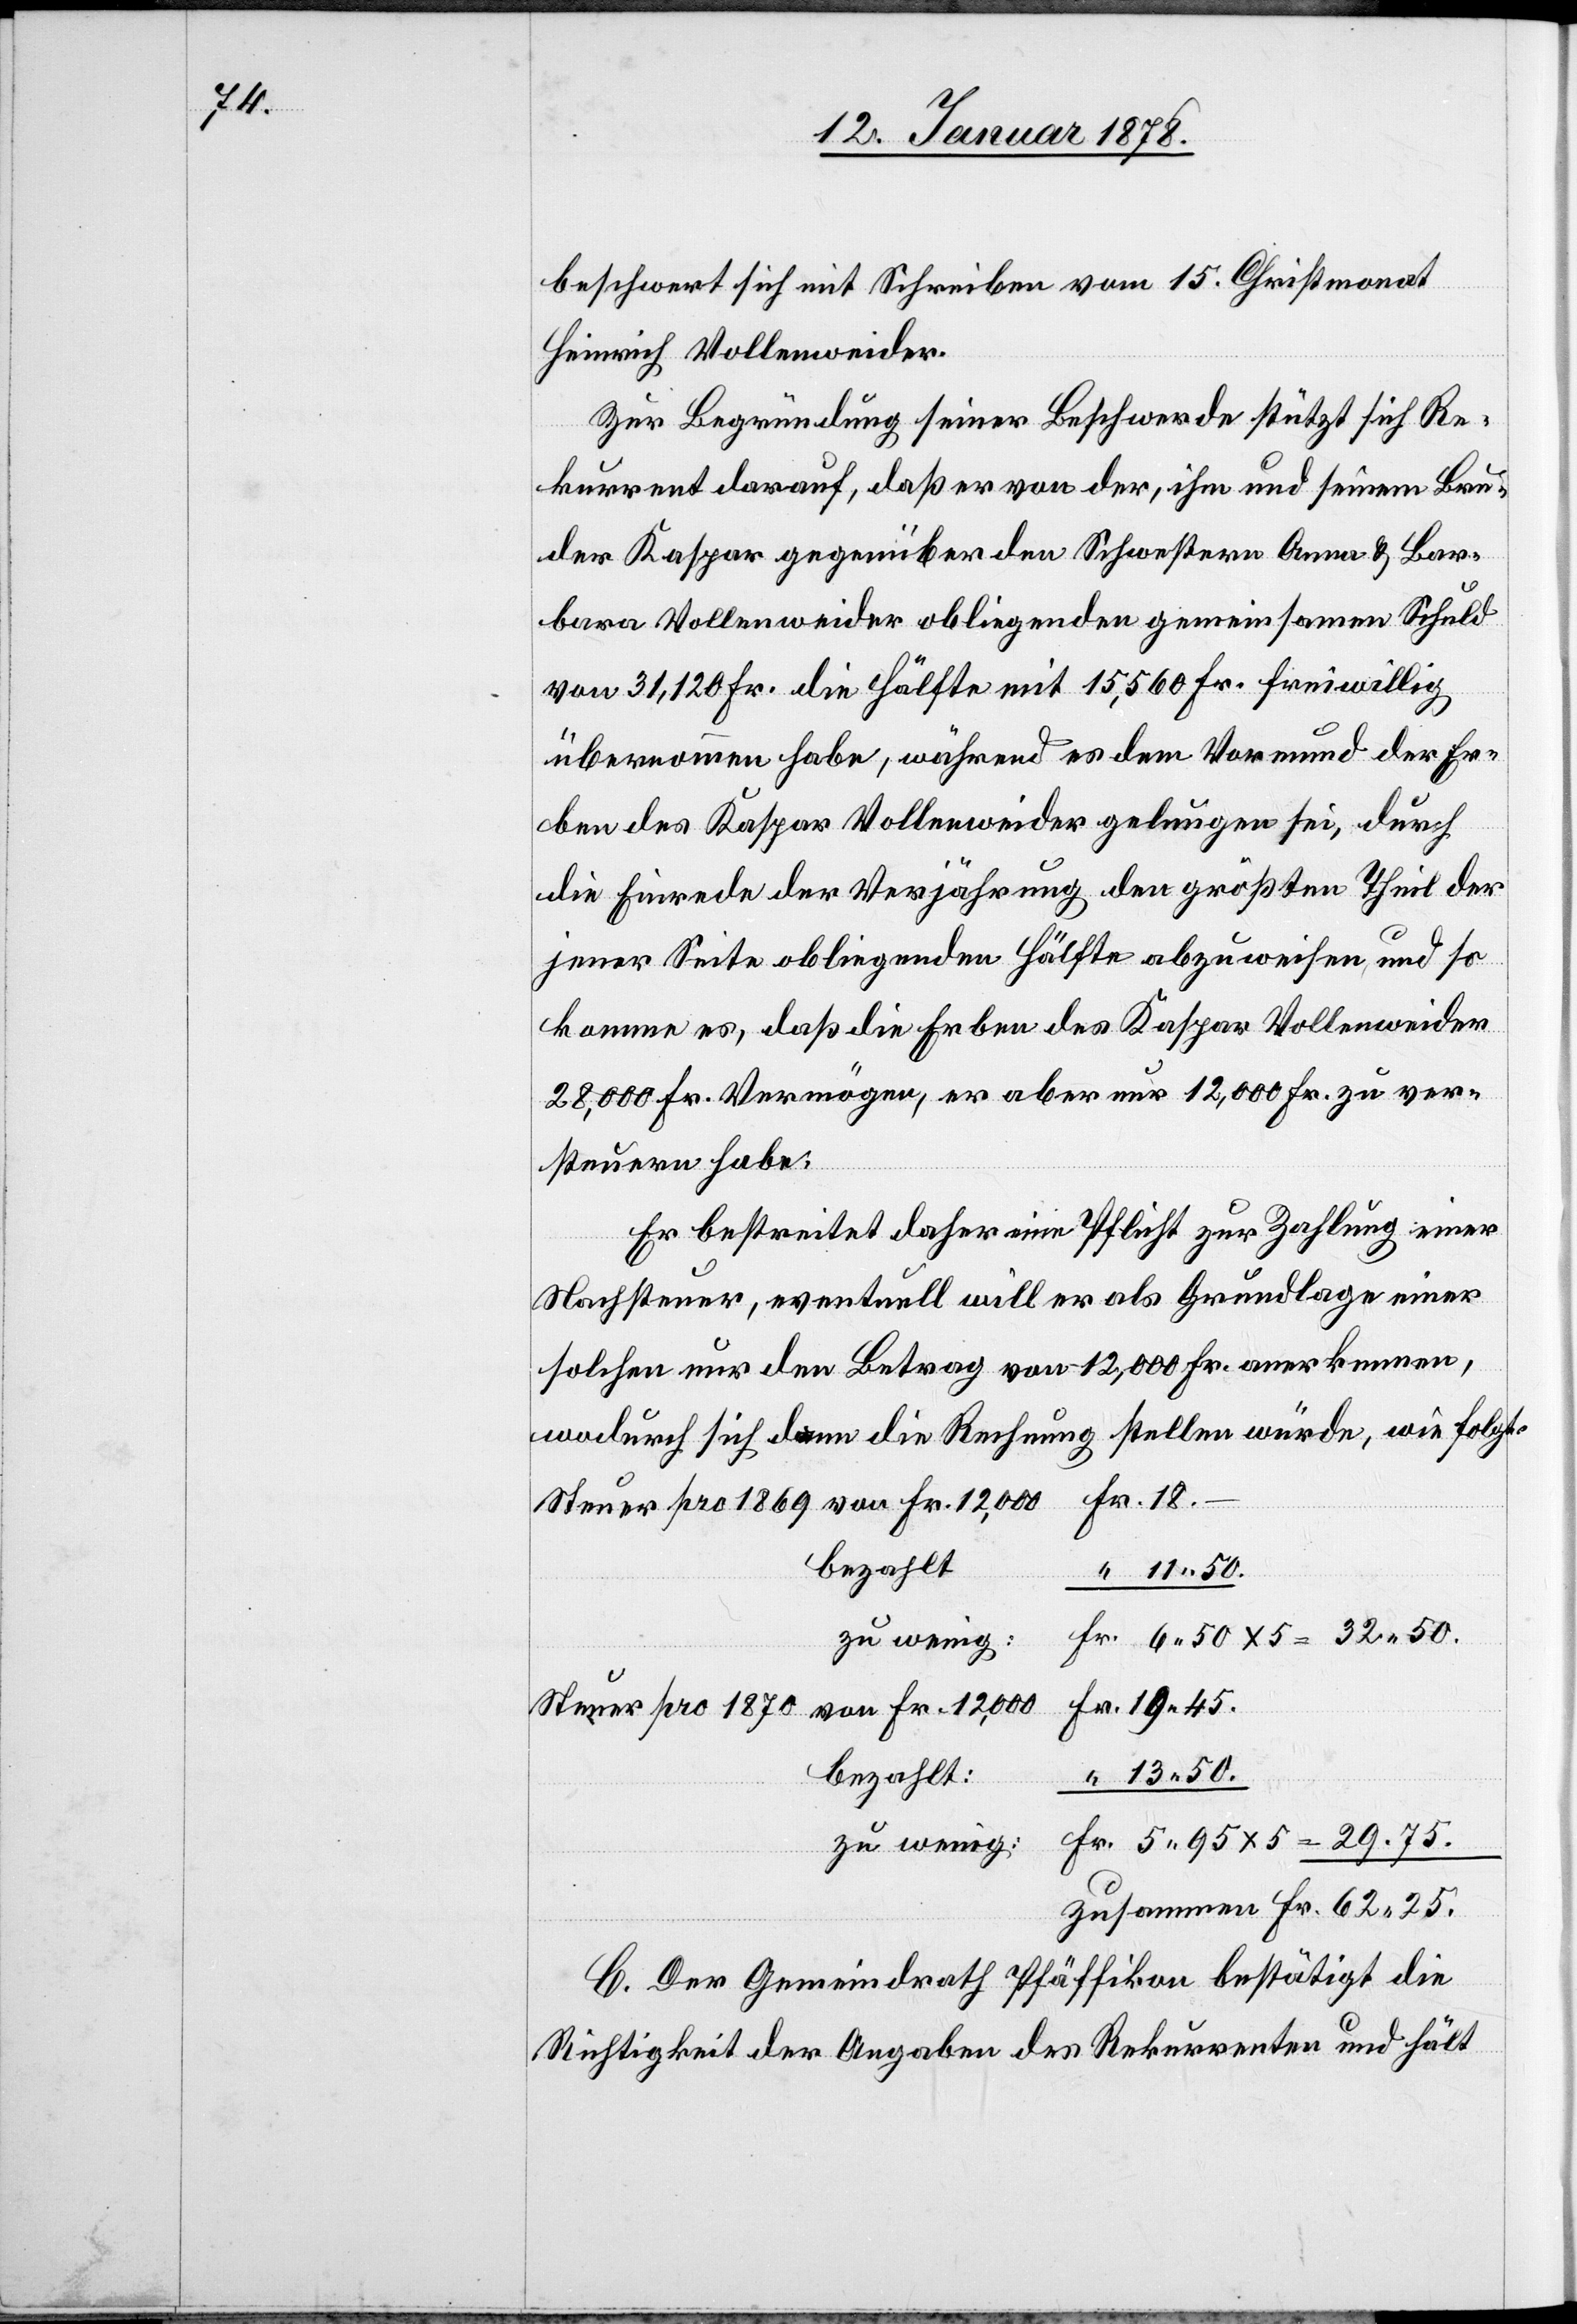
beschwert sich mit Schreiben vom 15. Christmonat
Heinrich Vollenweider.
Zur Begründung seiner Beschwerde stützt sich Re¬
kurrent darauf, daß er von der, ihm und seinem Bru¬
der Kaspar gegenüber den Schwestern Anna & Bar¬
6.50
bara Vollenweider obliegenden gemeinsamen Schuld
von 31,120 Fr. die Hälfte mit 15,560 Fr. freiwillig
übernommen habe, während es dem Vormund der Er¬
ben des Kaspar Vollenweider gelungen sei, durch
die Einrede der Verjährung den größten Theil der
jener Seite obliegenden Hälfte abzuweisen, und so
komme es, daß die Erben des Kaspar Vollenweider
28,000 Fr. Vermögen, er aber nur 12,000 Fr. zu ver¬
steuern habe[n]:
Er bestreitet daher eine Pflicht zur Zahlung einer
Nachsteuer, eventuell will er als Grundlage einer
solchen nur den Betrag von 12,000 Fr. anerkennen,
wodurch sich dann die Rechnung stellen würde, wie folgt:
r. 18. –
Steuer pro 1869 von Fr. 12,000	F¬
“ 13.50
zu wenig	Fr.
r. 19.45
Steuer pro 1870 von Fr. 12,000	F¬
bezahlt
r. 5.95 x 5 = 29.75
zu wenig	F¬
zusammen Fr. 62.25
C. Der Gemeindrath Pfäffikon bestätigt die
Richtigkeit der Angaben des Rekurrenten und hält